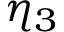
\eta _ { 3 }